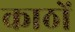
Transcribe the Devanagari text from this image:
काठों